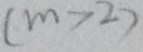
( m > 2 )